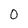
Character: o